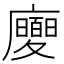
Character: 𢌂